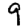
Digit: 9